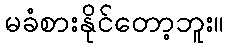
မခံစားနိုင်တော့ဘူး။